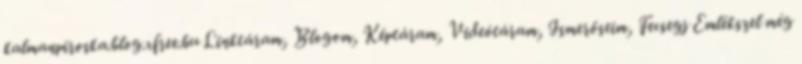
kalmanpiroska.blog.xfree.hu Linktáram, Blogom, Képtáram, Videótáram, Ismerőseim, Fecsegj Emlékszel még